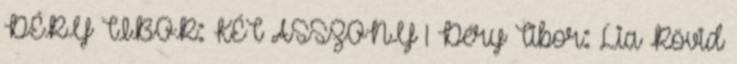
DÉRY TIBOR: KÉT ASSZONY 1 Déry Tibor: Lia Rövid